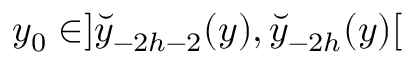
y _ { 0 } \in ] \breve { y } _ { - 2 h - 2 } ( y ) , \breve { y } _ { - 2 h } ( y ) [